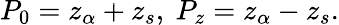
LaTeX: P_{0}=z_{\alpha}+z_{s},\ P_{z}=z_{\alpha}-z_{s}.